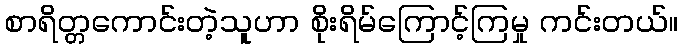
စာရိတ္တကောင်းတဲ့သူဟာ စိုးရိမ်ကြောင့်ကြမှု ကင်းတယ်။